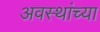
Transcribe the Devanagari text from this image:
अवस्थांच्या